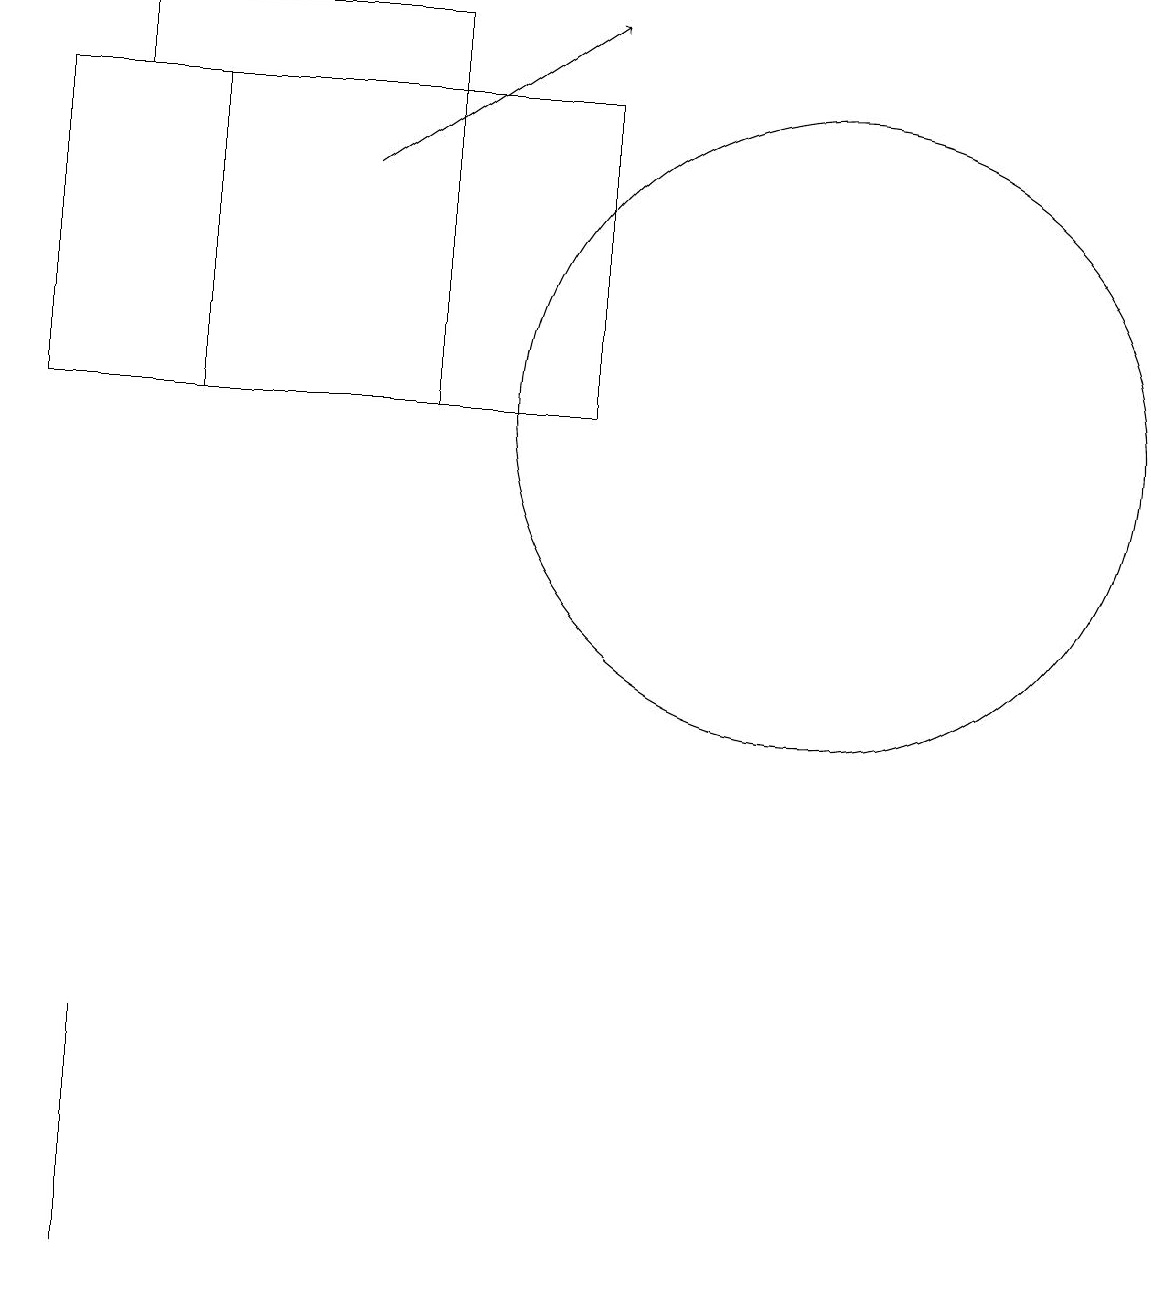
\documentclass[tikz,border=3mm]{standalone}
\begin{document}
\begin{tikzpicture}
\draw (5,16) rectangle (1,15);
\draw (0,15) rectangle (7,11);
\draw (2,11) rectangle (5,15);
\draw (10,11) circle (4);
\draw (1,3) -- (1,0) -- (1,3) -- cycle;
\draw[->] (4,14) -- (7,16);
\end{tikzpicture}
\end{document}